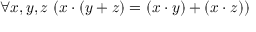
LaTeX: \forall x , y , z \ ( x \cdot ( y + z ) = ( x \cdot y ) + ( x \cdot z ) )